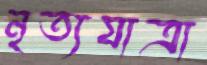
নৃত্যযাত্রা